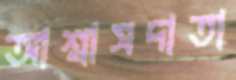
আশ্বাসদাতা